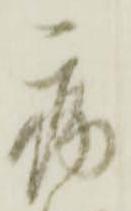
病